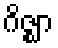
ဂိဇ္ဈာ